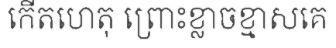
កើតហេតុ ព្រោះខ្លាចខ្មាសគេ